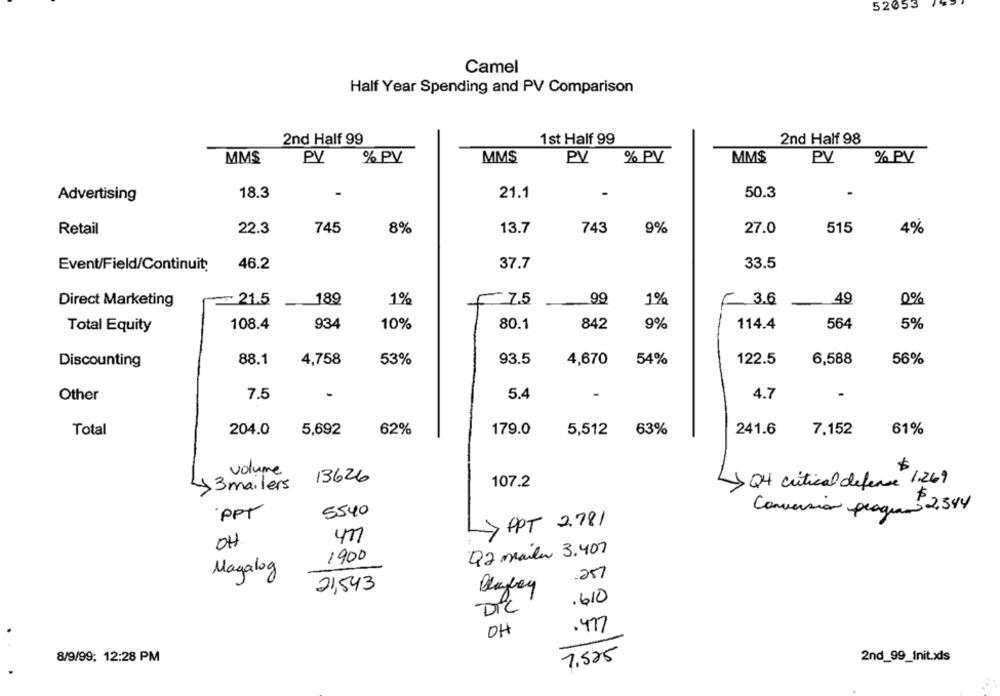
52053
Camel
Half Year Spending and PV Comparison
1st Half 99
2nd Half 99
2nd Half 98
MMS
PV
% PV
MMS
PV
% PV
MM$
PV
% PV
18.3
21.1
50.3
Advertising
Retail
22.3
745
8%
13.7
743
9%
27.0
515
4%
37.7
33.5
Event/Field/Continuit
46.2
Direct Marketing
21.5
189
1%
f 7.5
.99
1%
3.6
49
0%
108.4
934
10%
80.1
842
9%
114.4
564
5%
Total Equity
88.1
4,758
53%
93.5
4,670
54%
122.5
6,588
56%
Discounting
Other
7.5
5.4
4.7
-
Total
204.0
5,692
62%
179.0
5,512 63%
241.6
7,152
61%
volume
13626
13 mailers
107.2
Q4 critical defense 1.269
PPT
5540
Conversion programo2344
-> PPT 2.781
04
Q2 Maila 3.407
1900
Magalog
.257
21,543
.610
DIC
OH
.477
8/9/99; 12:28 PM
7.525
2nd_99_Init.xls